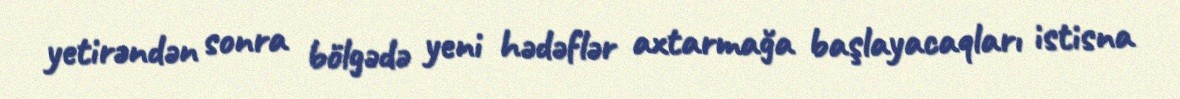
yetirəndən sonra bölgədə yeni hədəflər axtarmağa başlayacaqları istisna